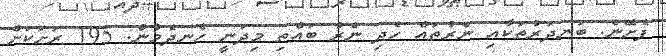
ފެށޭނެ. ބަނދަރުތަކާއި ނެރުތައް ހެދި ނެރު ބައްތި މިދަނީ ހެނދެމުން. 195 ރަށަކަށް